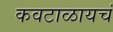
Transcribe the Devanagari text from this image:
कवटाळायचं